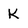
Character: K